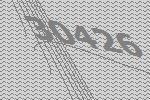
30426